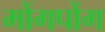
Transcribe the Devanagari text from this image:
मोंगपोंग